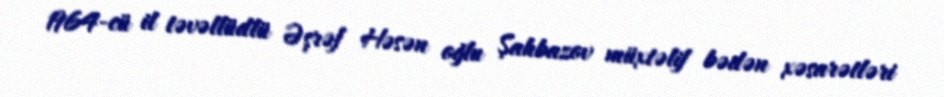
1964-cü il təvəllüdlü Əşrəf Həsən oğlu Şahbazov müxtəlif bədən xəsarətləri